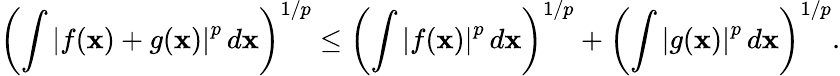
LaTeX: \left(\int\left|f(\mathbf{x})+g(\mathbf{x})\right|^{p}\, d\mathbf{x}\right)^{1/p}\leq\left(\int\left|f(\mathbf{x})\right|^{p}\, d\mathbf{x}\right)^{1/p}+\left(\int\left|g(\mathbf{x})\right|^{p}\, d\mathbf{x}\right)^{1/p}.